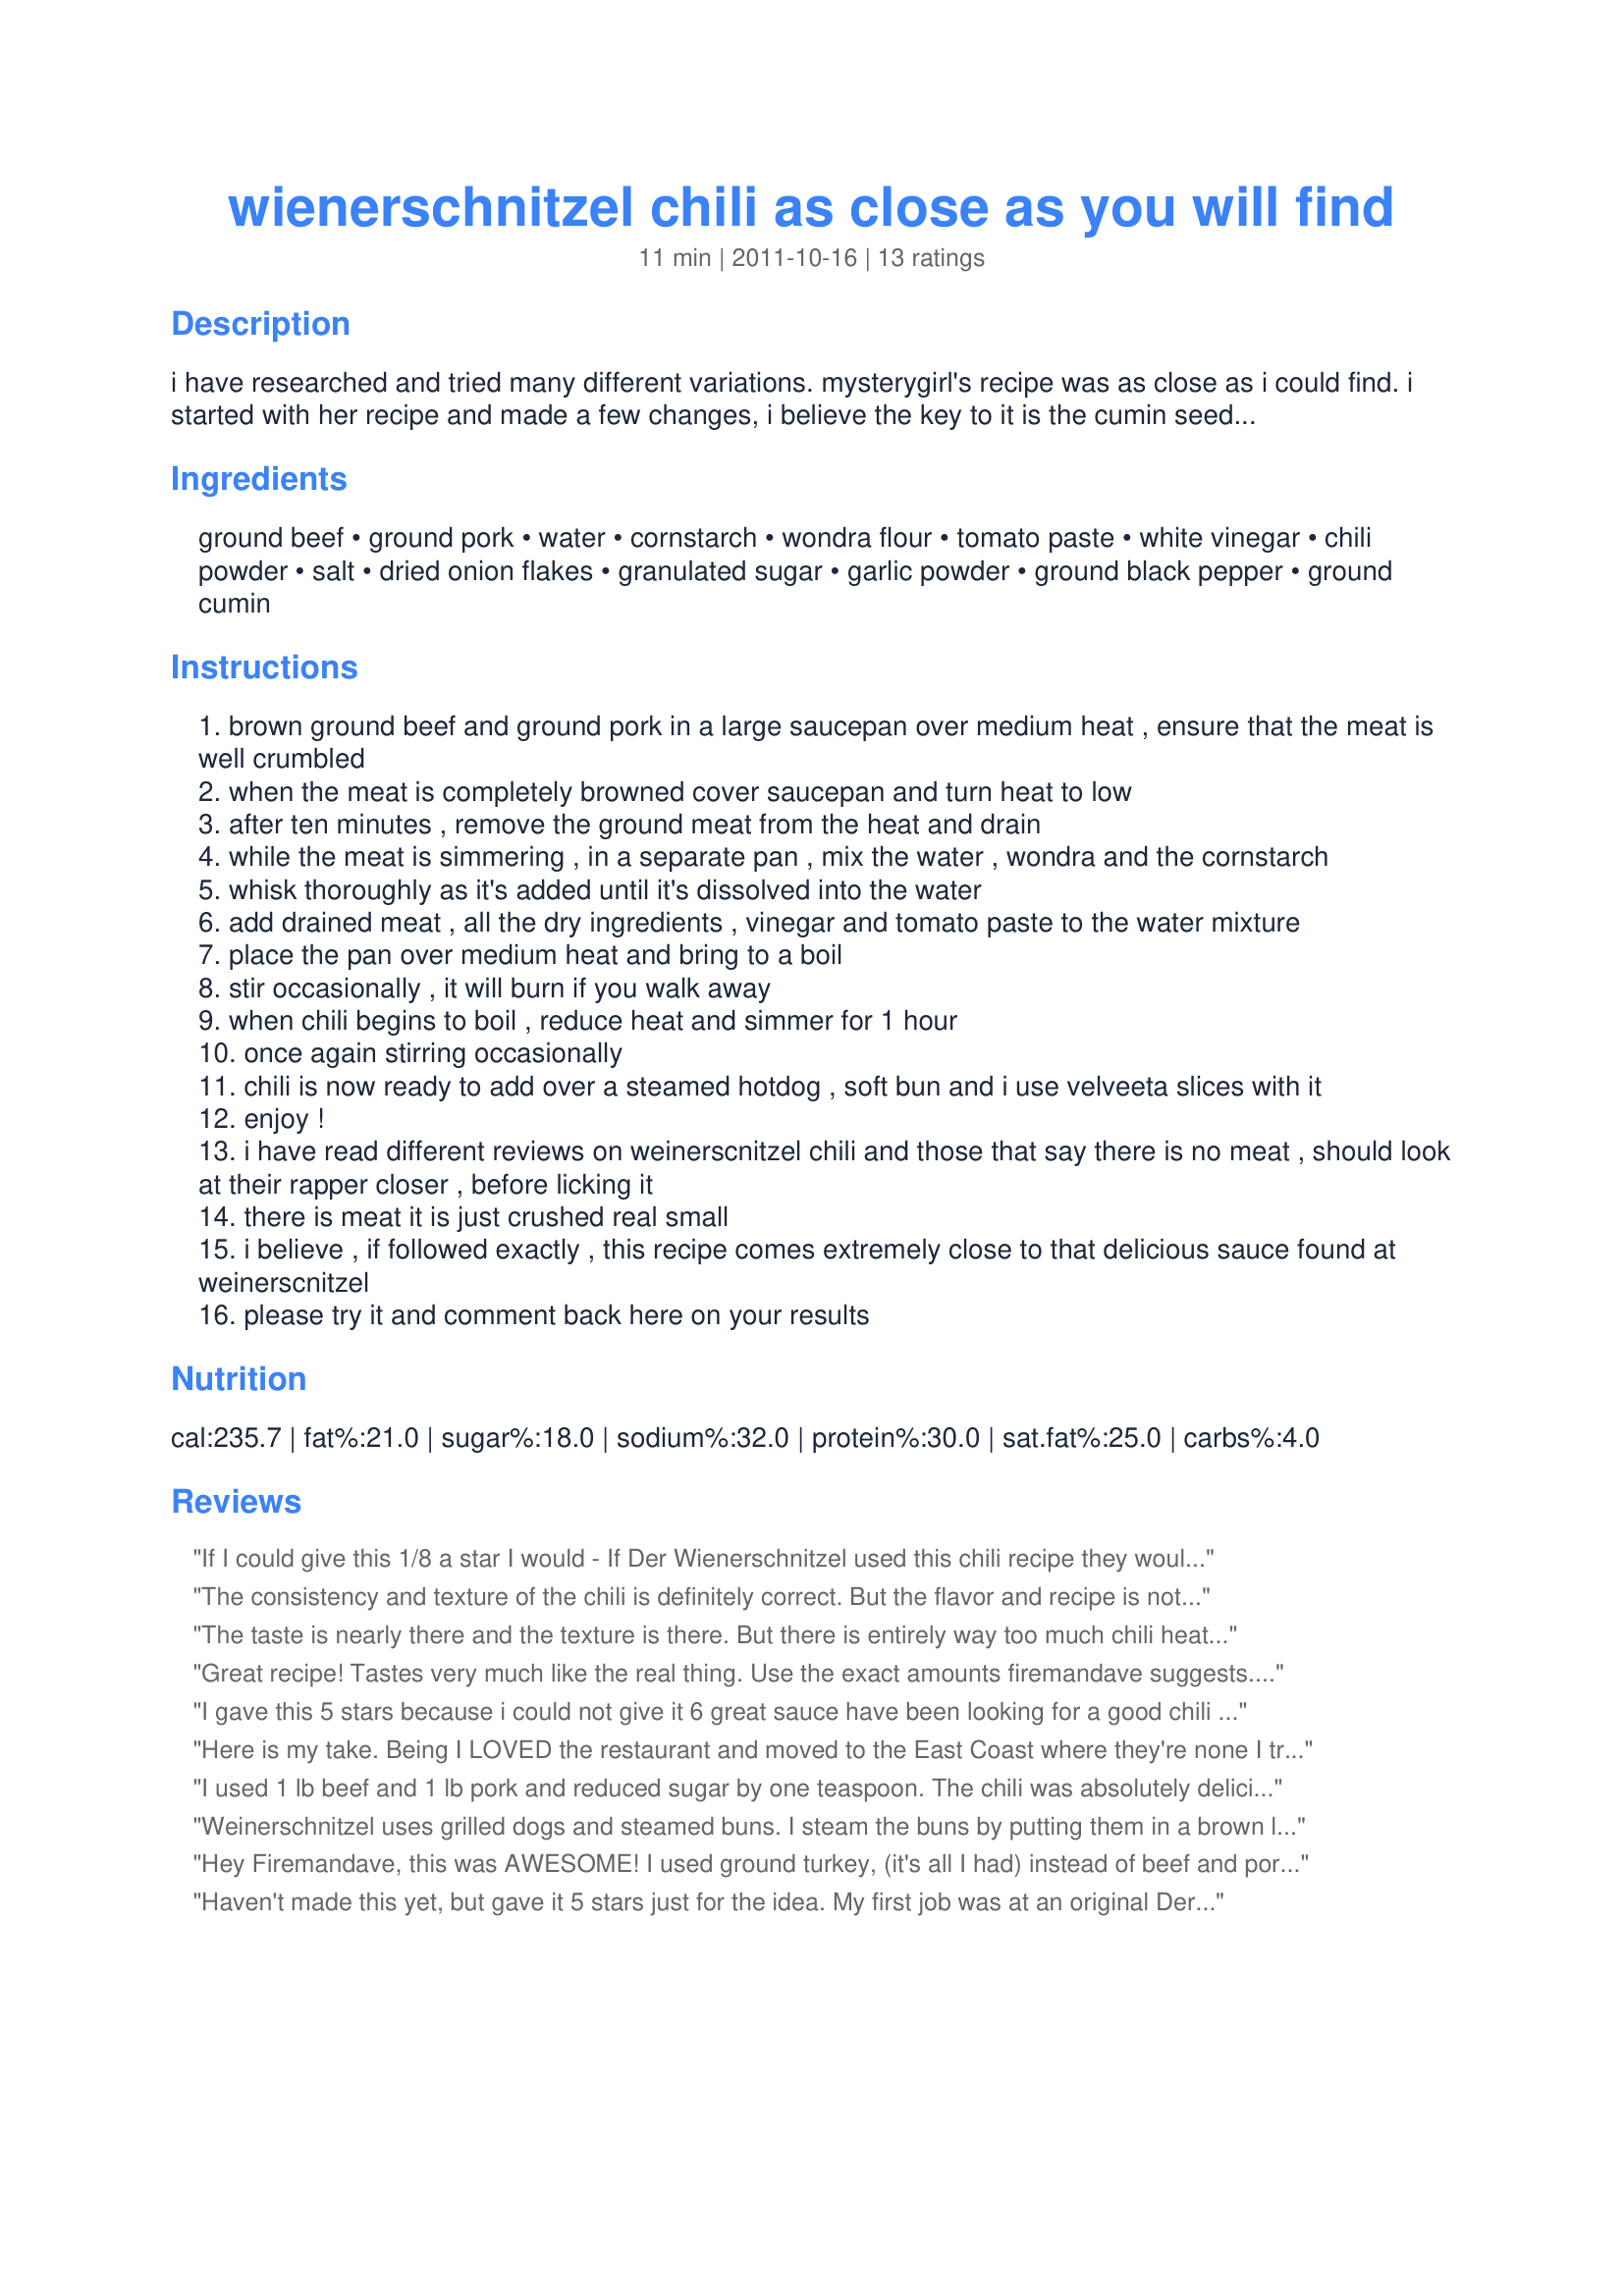
wienerschnitzel chili as close as you will find
Preparation time: 11 minutes

i have researched and tried many different variations. mysterygirl's recipe was as close as i could find. i started with her recipe and made a few changes, i believe the key to it is the cumin seed. when added, that seemed to make the difference. follow this exactly and i believe you will be pleasantly surprised.

Ingredients:
ground beef, ground pork, water, cornstarch, wondra flour, tomato paste, white vinegar, chili powder, salt, dried onion flakes, granulated sugar, garlic powder, ground black pepper, ground cumin

Steps:
brown ground beef and ground pork in a large saucepan over medium heat , ensure that the meat is well crumbled
when the meat is completely browned cover saucepan and turn heat to low
after ten minutes , remove the ground meat from the heat and drain
while the meat is simmering , in a separate pan , mix the water , wondra and the cornstarch
whisk thoroughly as it's added until it's dissolved into the water
add drained meat , all the dry ingredients , vinegar and tomato paste to the water mixture
place the pan over medium heat and bring to a boil
stir occasionally , it will burn if you walk away
when chili begins to boil , reduce heat and simmer for 1 hour
once again stirring occasionally
chili is now ready to add over a steamed hotdog , soft bun and i use velveeta slices with it
enjoy !
i have read different reviews on weinerscnitzel chili and those that say there is no meat , should look at their rapper closer , before licking it
there is meat it is just crushed real small
i believe , if followed exactly , this recipe comes extremely close to that delicious sauce found at weinerscnitzel
please try it and comment back here on your results

Reviews:
If I could give this 1/8 a star I would - If Der Wienerschnitzel used this chili recipe they would have gone out of business in a month - bland - floury tasting - very disappointing - I tried adding extras (salt & sugar) didn't matter. This stuff is nasty - I was planning on chili-cheese dogs for dinner - not it will be just dogs - there is no saving this so called chili - I followed the recipe exactly as listed - stirred frequently so it wouldn't burn - now I still have to dump the pot because it is gross. Lot of work for nothing. Wish Someone else would have reviewed this recipe before I wasted so much time and food on it<br/>Sad in Tukwila. WA
The consistency and texture of the chili is definitely correct. But the flavor and recipe is not quite exactly like the original. I guess that&#039;s why it is a secret! I tried adding a 1/4 tsp. of Turmeric to the recipe (which I think is the key secret ingredient and it made a big difference), 1/4 tsp. of ground oregano and 1/8 tsp. of MSG (I know, I know...but if you think about it I&#039;m sure they put this stuff in the original and it was only one study done 20 years ago- look it up).&lt;br/&gt;&lt;br/&gt;I also upped the amount of Chili powder to 8 tbsp. (which made it a bit spicier and I feel also made a very big difference) , upped the amt. of garlic powder to 1 teaspoon, and the cumin to 2 teaspoons. I also used Kosher sea salt. &lt;br/&gt;&lt;br/&gt;I would also add 2 Tbsp. of vegetable oil to the recipe, to be used to saute the ground meat. (I always season the meat with salt &amp; pepper, as well.&lt;br/&gt;&lt;br/&gt;Optional, try adding 1/8 tsp. of ground clove (which I think makes it even better).&lt;br/&gt;&lt;br/&gt;By adding these other ingredients and upping some of the ingredients, I feel it&#039;s a bit closer to the original recipe. It&#039;s a good chili recipe but felt it needed just a little more.....umph.
The taste is nearly there and the texture is there. But there is entirely way too much chili heat in this. It calls for 6 tablespoons, I would knock it down to 3 or 4. This is very close to the greatest chili ever, it’s just too spicy.
Great recipe! Tastes very much like the real thing. Use the exact amounts firemandave suggests. I got a little "heaping" with the chili, and it is just a bit bitter. The only change I will make next time is to cut the sugar by half. I know I just won't miss it. I also simmered mine for an hour with the lid off to reduce it by about 1/4. Comes out really creamy and perfect for slopping on top of nearly anything! I worked at DW in the early 1970's, and I am hooked for life. But, making them at home is so much better. Thanks firemandave!
I gave this 5 stars because i could not give it 6 great sauce have been looking for a good chili sauce and now i have a keeper just finished the sauce and will be having chili cheese italian sausages on brioche hot dog buns really is very good thanks for the recipe &lt;br/&gt;&lt;br/&gt; thanks firemandave
Here is my take. Being I LOVED the restaurant and moved to the East Coast where they're none I tried finding the chili sauce myself to make at home the famous chilli cheese fries and chilli cheese dogs. Well, I believe I've found the closest chilli sauce with it's taste. Try this with you hot dog or fries of your choice. 1. One (1) can of Hardy Jack's Chili no beans. 2. Kraft Mexican 4 cheese (shredded) 3. Ball Park buns ??Boom?? Enjoy!!
I used 1 lb beef and 1 lb pork and reduced sugar by one teaspoon. The chili was absolutely delicious and the closest thing I’ve ever had to der Wienerschnitzel. Thank you for posting!
Weinerschnitzel uses grilled dogs and steamed buns. I steam the buns by putting them in a brown lunch bag, soaking the outside and putting it in the toaster over not long enough to catch fire... a couple or 3 minutes. Yes Weinersnitzel uses american cheese slices but they don't know what they're doing let's face it. It reminds me of some nacho sauce found on a value menu taco bell cheeze wolito.. Best bet is shredded colby-jack. and some of those green little peppers like they used to give away at cali burger joints would be a nice addition.... yowzeeeeha accent on the zeeee. There's my two sense.
Hey Firemandave, this was AWESOME! I used ground turkey, (it's all I had) instead of beef and pork; and instead of whisking the flour/cornstarch into the hot water, I sprinkled it over the cooked meat and stirred it until the meat was thoroughly coated. I set the meat aside and put the water into a big pot; I whisked the tomato paste, vinegar, and the rest of the dry ingredients into the pot of water, carefully scooped the meat mixture into the water mixture and stirred it until it came to a boil. Then, I followed the rest of your directions to simmer it for an hour.<br/><br/>The reason I did that thing with the flour/cornstarch and the meat is so it wouldn't lump in the water. It works great. :) Thanks for posting this recipe. It's really fabulous! Where I live the closest Wienerschnitzel is 4 hours away. *sad face* You should post more recipes since this one was so amazing!!<br/><br/>Okay, I have to chime in again... I made so much of this yummy stuff last night that we were able to have it for lunch today, too. This time I poured it over tortilla chips and topped it with shredded cheese and they made the BEST nachos! I'm afraid I'm in love with this recipe!
Haven't made this yet, but gave it 5 stars just for the idea. My first job was at an original Der Wienerschnitzel a-frame in Fremont CA. A free meal per shift was part of the deal, and I bet I ate a thousand chili cheese dogs while there. Never got tired of them. I haven't lived in striking distance of a DW since the late '70s, but anytime my travel takes me near one it's a sloppy reunion :) Anyway, they started selling their chili online in 15oz cans.. It's perfect, but at $5 + shipping each (!!!!) I'll probably try this recipe out soon. Here are the ingredients they list: Water, Beef, Food starch-modified, Salt, Vinegar, Spices, Textured Soy Concentrate (Caramel color added), Tomato Paste, Monosodium Glutamate, Paprika Seasoning (Hydrolyzed Soy Protein, Salt, Caramel color), Yellow Corn Flour, Sugar, Yeast Extract, Dehydrated onion, Garlic Powder, Onion Powder, Oleoresin paprika. I thought this might inspire some informed tweaking. Enjoy!
Fireman Dave, I can&#039;t wait to try your recipe. My family is from West Virginia where chili dogs are a BIG thing. I have recipes that are over 100 yrs old and they ALL say not to brown the burger/meat first, just cook it in the water and mash it. Try this and see what you think. I know it seems weird but my family has been doing it for years. Suz H
Need to lose the sugar, most of it if not all. Tastes like a dessert. I will do it again with no sugar and more chili powder. And NO!, I did not mistake TBSP for TBS. It will be good.
Hi Firemandave, Just finished making it. Anyone that loves Der Weinerscnitzels chili sauce probably wants more meat. That’s what I did differently. I bought 2# chub ground beef and the ground pork only came in 20 ounces so I put in all the meat. Thank you for the corrected version Firemandave! Now I have a great Nacho topping too ??
